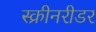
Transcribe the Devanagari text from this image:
स्क्रीनरीडर